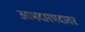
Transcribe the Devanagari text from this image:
आमदारपदावर